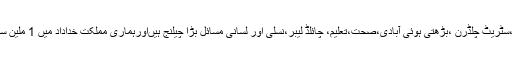
پاکستان میں بسنے والے لوگوں کے لئے صنفی مسائل میں جبری شادی،غیرت کے نام پر قتل،سٹریٹ چلڈرن ،بڑھتی ہوئی آبادی،صحت،تعلیم، چائلڈ لیبر،نسلی اور لسانی مسائل بڑا چیلنج ہیںاورہماری مملکت خداداد میں 1 ملین سے زائد لوگ مدتوں سے مدتوں تک کے لئے غلام ابن غلام کی زندگی گزارنے پر مجبور ہیں۔